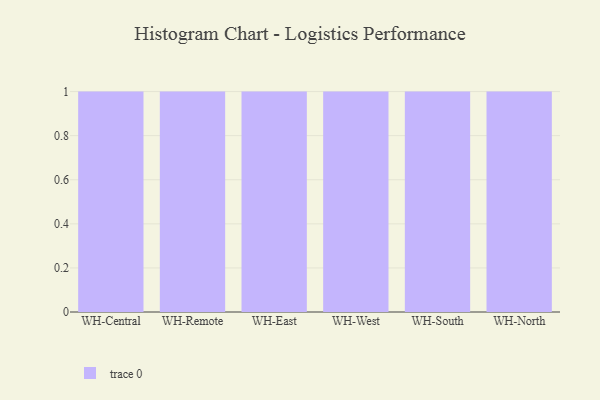
{"axis": {"x": "Warehouse", "y": "Net Income (USD K)"}, "legend": [""], "data": [{"x": "WH-Central", "y": 94, "type": ""}, {"x": "WH-Remote", "y": 87, "type": ""}, {"x": "WH-East", "y": 43, "type": ""}, {"x": "WH-West", "y": 70, "type": ""}, {"x": "WH-South", "y": 83, "type": ""}, {"x": "WH-North", "y": 70, "type": ""}]}